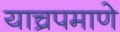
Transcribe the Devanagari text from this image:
याच्रपमाणे